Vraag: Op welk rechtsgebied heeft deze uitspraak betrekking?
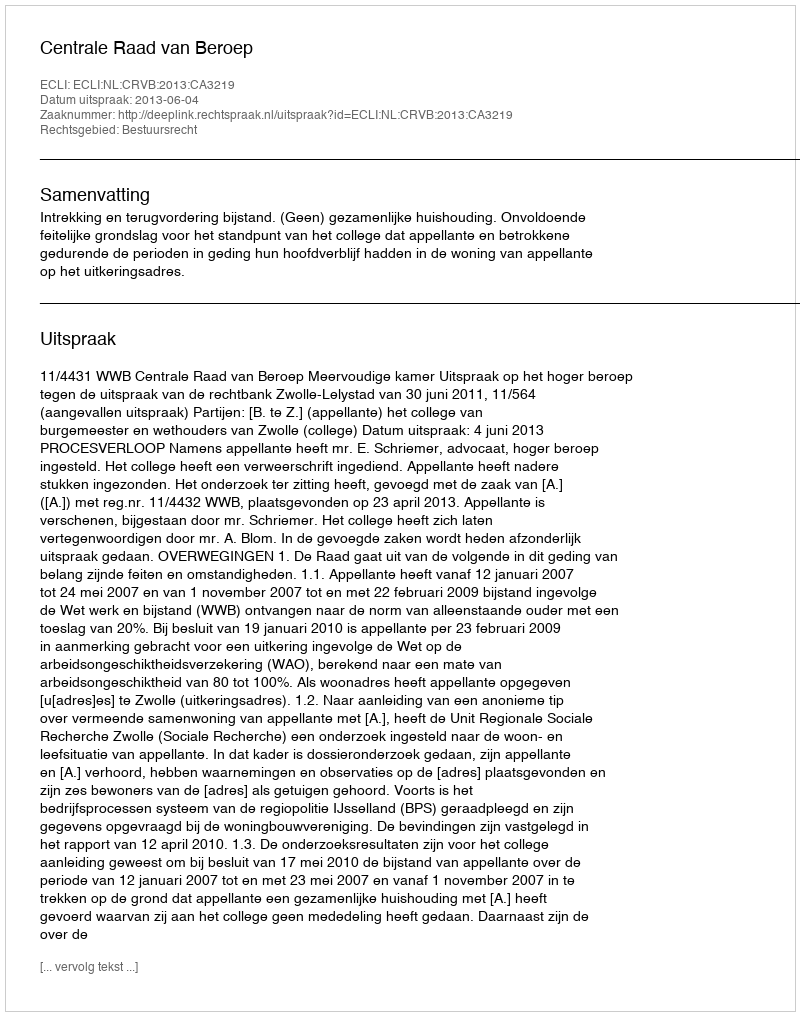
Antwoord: Bestuursrecht